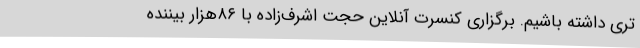
تری داشته باشیم. برگزاری کنسرت آنلاین حجت اشرف‌زاده با ۸۶هزار بیننده